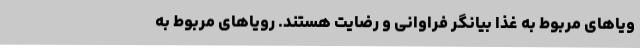
ویاهای مربوط به غذا بیانگر فراوانی و رضایت هستند. رویاهای مربوط به